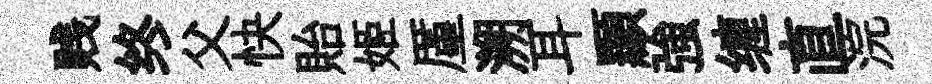
贱终父快貽姬厪溯耳顯強缠直浣